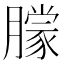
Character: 𬂓